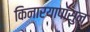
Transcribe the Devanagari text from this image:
किनारयापासुन